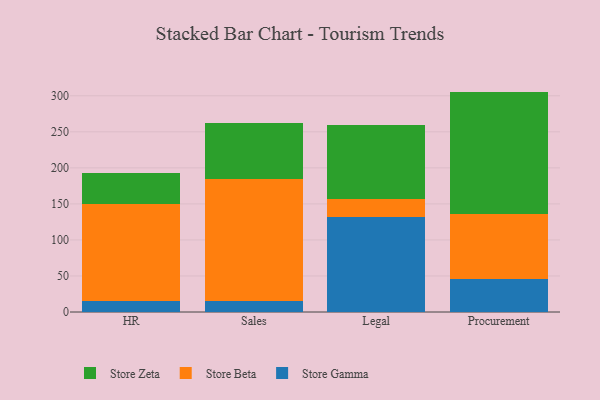
{"axis": {"x": "Department", "y": "Satisfaction Score"}, "legend": ["Store Beta", "Store Gamma", "Store Zeta"], "data": [{"x": "HR", "y": 15.1, "type": "Store Gamma"}, {"x": "HR", "y": 134.2, "type": "Store Beta"}, {"x": "HR", "y": 43.8, "type": "Store Zeta"}, {"x": "Sales", "y": 14.9, "type": "Store Gamma"}, {"x": "Sales", "y": 169.0, "type": "Store Beta"}, {"x": "Sales", "y": 77.8, "type": "Store Zeta"}, {"x": "Legal", "y": 131.9, "type": "Store Gamma"}, {"x": "Legal", "y": 25.0, "type": "Store Beta"}, {"x": "Legal", "y": 102.9, "type": "Store Zeta"}, {"x": "Procurement", "y": 46.4, "type": "Store Gamma"}, {"x": "Procurement", "y": 89.3, "type": "Store Beta"}, {"x": "Procurement", "y": 170.1, "type": "Store Zeta"}]}